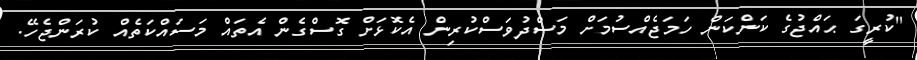
"ކުރީގަ ޙައްޖުގެ ކަންކަން ހަމަޖެއްސުމަށް މަސްދުވަސްކުރިން އެކޮޅަށް ގޮސްގެން އެތައް މަސައްކަތެއް ކުރަންޖެހޭ.